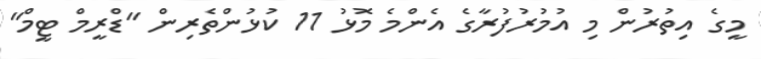
މީގެ އިތުރުން މި އުމުރުފުރާގެ އެންމެ މޮޅު 11 ކުޅުންތެރިން "ޑްރީމް ޓީމް"